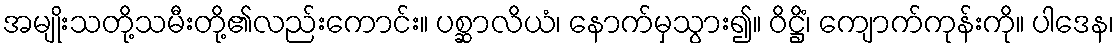
အမျိုးသတို့သမီးတို့၏လည်းကောင်း။ ပစ္ဆာလိယံ၊ နောက်မှသွား၍။ ဝိဋ္ဌိံ၊ ကျောက်ကုန်းကို။ ပါဒေန၊